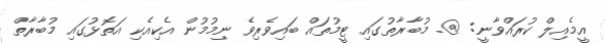
އީމެއިލް ކުރައްވާނީ: @. މުބާރާތުގައި ޓީމުތައް ބައިވެރިވެ ނިމުމުން އެކިއެކި އަތޮޅުގައި މުބާރާތް